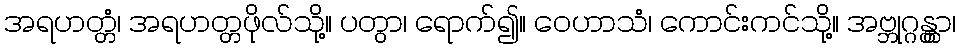
အရဟတ္တံ၊ အရဟတ္တဖိုလ်သို့။ ပတွာ၊ ရောက်၍။ ဝေဟာသံ၊ ကောင်းကင်သို့။ အဗ္ဘုဂ္ဂန္တွာ၊